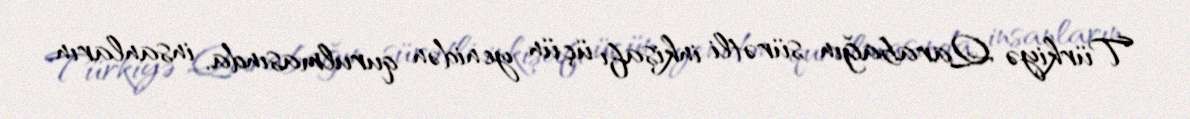
Türkiyə Qarabağın sürətli inkişafı üçün yenidən qurulmasında, insanların